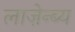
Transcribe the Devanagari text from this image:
लाज़ेन्ब्य